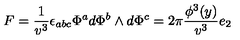
F = \frac 1 { v ^ { 3 } } \epsilon _ { a b c } \Phi ^ { a } d \Phi ^ { b } \wedge d \Phi ^ { c } = 2 \pi \frac { \phi ^ { 3 } ( y ) } { v ^ { 3 } } e _ { 2 }